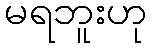
မရဘူးဟု